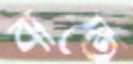
বাতে